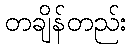
တချိန်တည်း